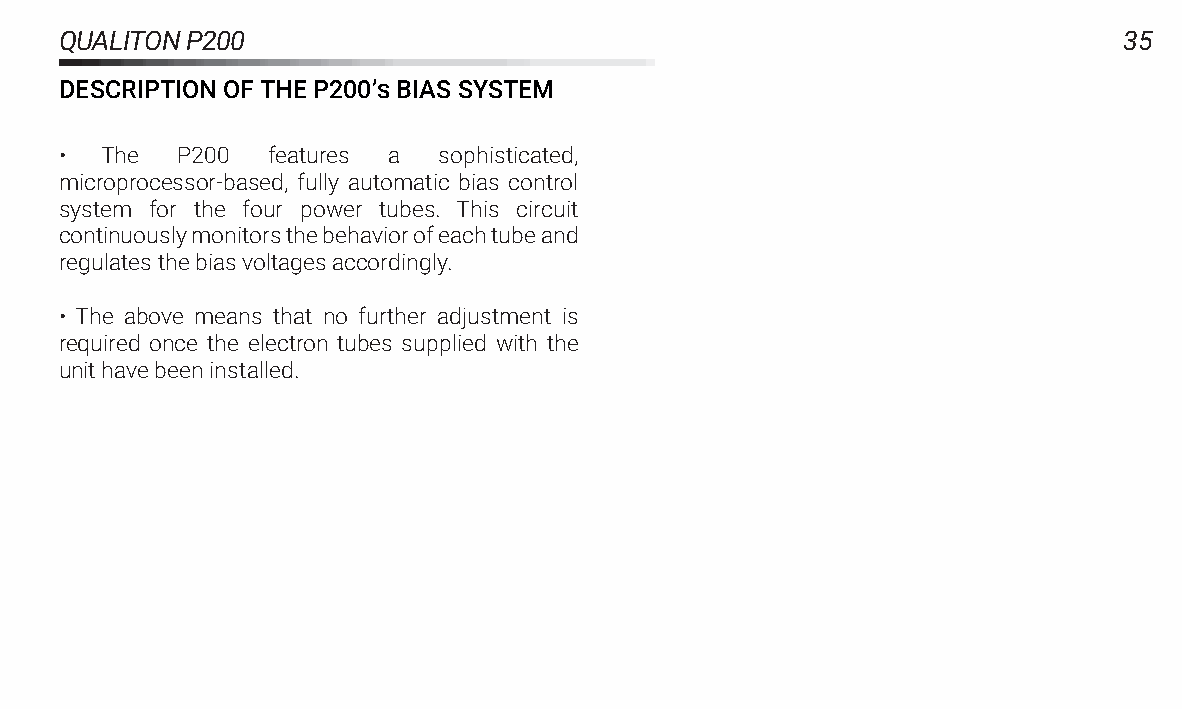
QUALITONP200                                                          35
 DESCRIPTIONOFTHEP200’�BIASSYSTEM
 •  The  P200  features a sophisticated,
 microprocessor-based, fully automatic bias control
 system for the four power tubes. This circuit
 continuouslymonitorsthebehaviorofeachtubeand
 regulatesthebiasvoltagesaccordingly.
 • The above means that no further adjustment is
 required once the electron tubes supplied with the
 unithavebeeninstalled.